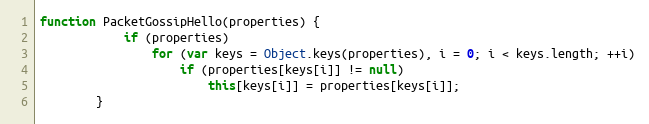
Language: JavaScript
function PacketGossipHello(properties) {
			if (properties)
				for (var keys = Object.keys(properties), i = 0; i < keys.length; ++i)
					if (properties[keys[i]] != null)
						this[keys[i]] = properties[keys[i]];
		}